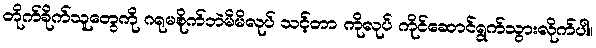
တိုက်ခိုက်သူတွေကို ဂရုမစိုက်ဘဲမိမိလုပ် သင့်တာ ကိုလုပ် ကိုင်ဆောင်ရွက်သွားလိုက်ပါ။